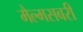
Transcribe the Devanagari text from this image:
मैल्मसबरी